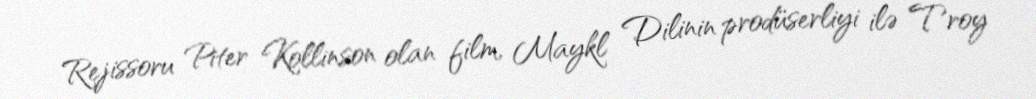
Rejissoru Piter Kollinson olan film, Maykl Dilinin prodüserliyi ilə Troy